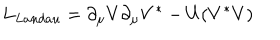
L _ { L a n d a u } = \partial _ { \mu } V \partial _ { \mu } V ^ { * } - U ( V ^ { * } V )